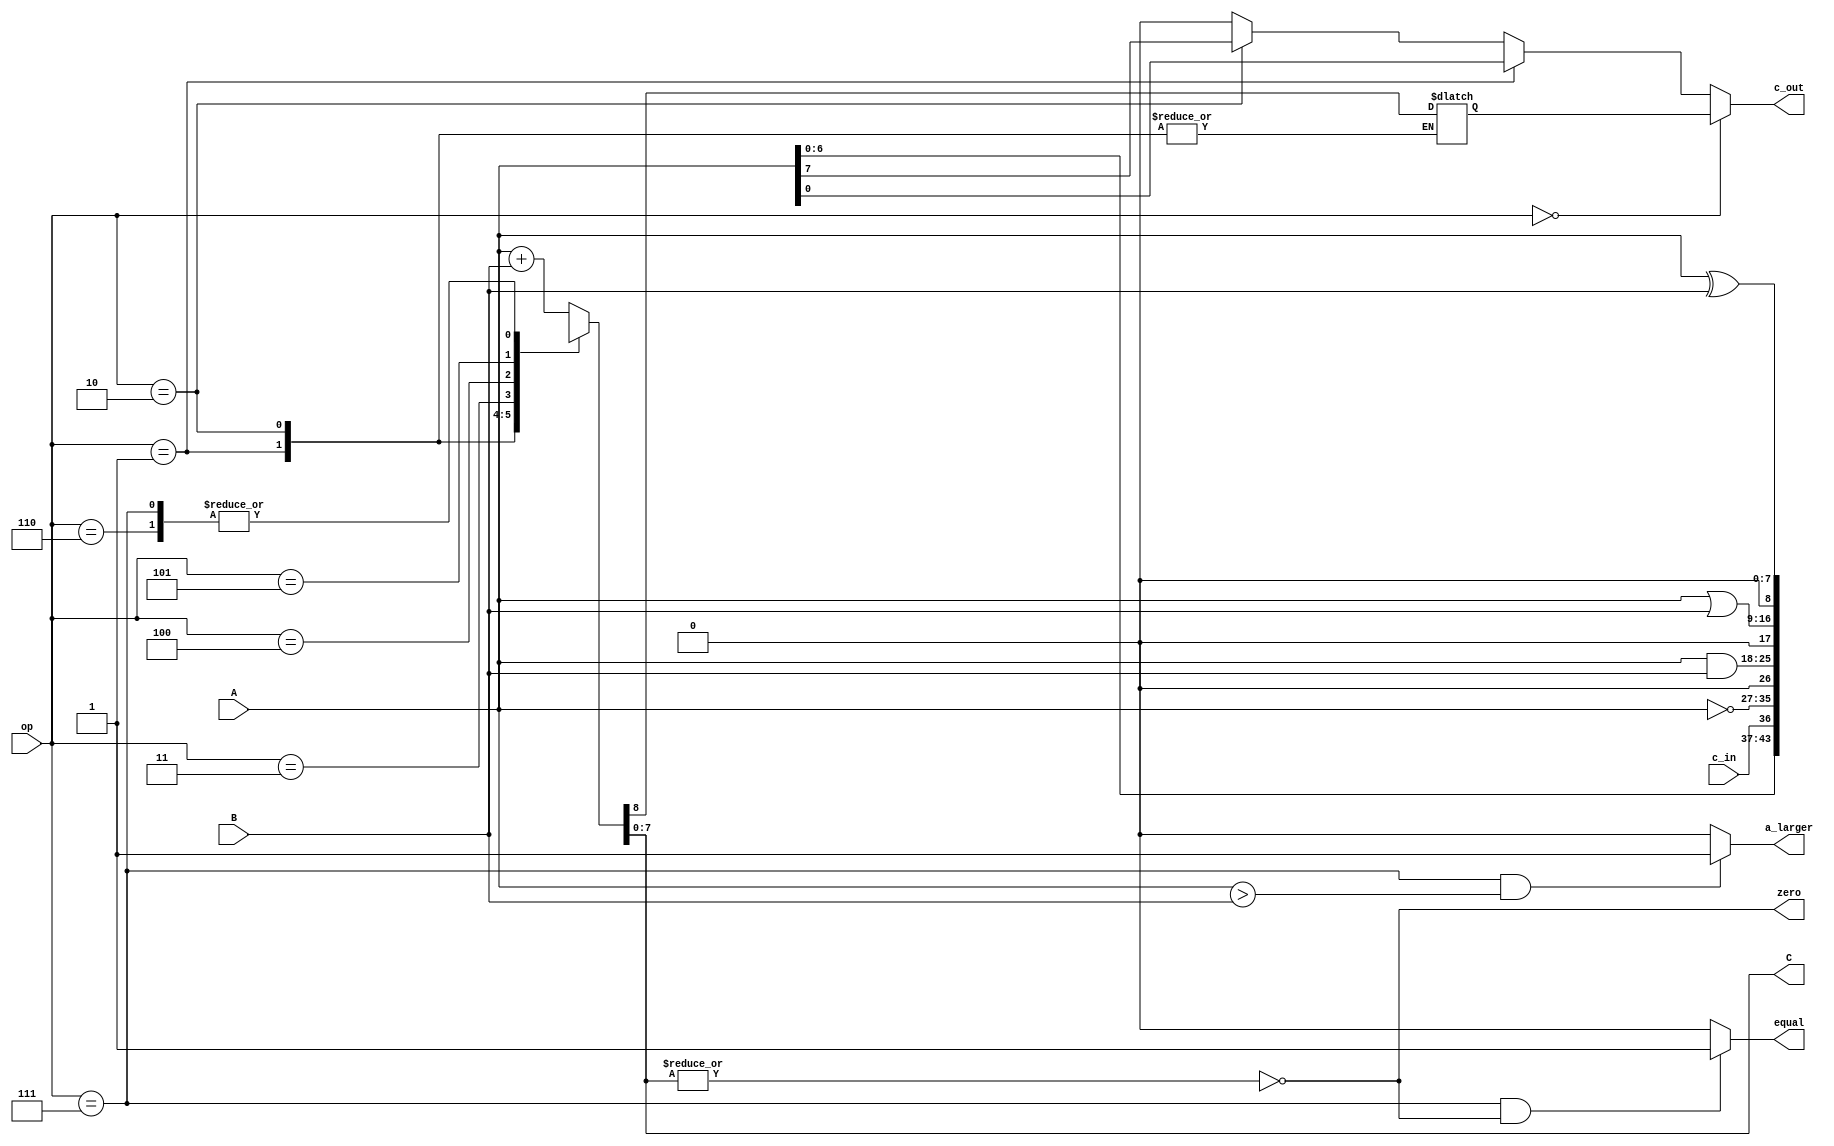
// From the book: "But How Do It Know?" pg. 87, 88
// Written by: J. Clark Scott
//
// Verilog HDL implementation of the computer described in the book.
// Updated: 6.14.2023
//
// Arithmetic and Logic Unit (ALU)
//
// OPTION:
// *** Replace the NOT operation with a DEC operation that will decrement a value by 1.
// *** To me, this improves the utility for the processor for a loop variable.
//	   The NOT operation can still be accomplished by simply XORing the value with 0xFF,
//	   which will in effect flip all the bits in the value.
//
// *** Removed the carry in from the ADD operation.
// **************************************************************************************
`timescale 1ns / 1ps
module alu(
	input [7:0] A,			// input operand 1
	input [7:0] B,			// input operand 2
	input c_in,				// carry in signal
	input [2:0] op,			// 3-bit opcode = maximum 8 instructions
	output [7:0] C,			// output result 
	output c_out,			// carry out signal
	output a_larger,		// A > B signal
	output equal,			// A == B signal
	output zero				// ALU result = 0 signal
	);
	
	// All 8 opcodes symbolically defined
	parameter [2:0] ADD = 3'o0,
					RSH = 3'o1,	// right shift
					LSH = 3'o2,	// left shift
					NOT = 3'o3,
					//DEC = 3'o3,		// replace NOT with DEC operation (decrement by 1)
					AND = 3'o4,
					OR  = 3'o5,
					XOR = 3'o6,
					CMP = 3'o7;
	
	reg [8:0] out_reg = 9'b0;		// We need a ninth bit for the carry out from addition
	
	always @*
		case(op)
			ADD : out_reg = A + B;
			RSH : out_reg = {out_reg[8], c_in, A[7:1]};
			LSH : out_reg = {out_reg[8], A[6:0], c_in};
			NOT : out_reg = ~A;
			//DEC : out_reg = A - 1;
			AND : out_reg = A & B;
			OR  : out_reg = A | B;
			XOR : out_reg = A ^ B;
			CMP : out_reg = A ^ B;			// Compare, used to set flags
		endcase
			   
	assign C = out_reg[7:0];	// ALU result
	assign zero = ~|C;			// reduction NOR to determine if result = 0
	assign equal = ((op == CMP) && (zero == 1'b1)) ? 1'b1 : 1'b0;	
	assign a_larger = ((op == CMP) && (A > B)) ? 1'b1 : 1'b0;
	assign c_out = (op == ADD) ? out_reg[8]: (op == RSH) ? A[0]: (op == LSH) ? A[7]: 1'b0;
	
endmodule